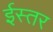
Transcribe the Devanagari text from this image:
ईस्तर